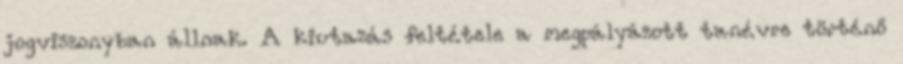
jogviszonyban állnak. A kiutazás feltétele a megpályázott tanévre történő